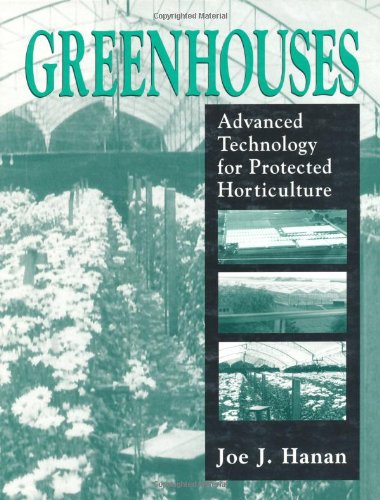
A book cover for Greenhouses: Advanced Technology for Protected Horticulture; Joe J. Hanan; Crafts, Hobbies & Home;